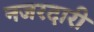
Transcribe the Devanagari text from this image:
नजरदारी